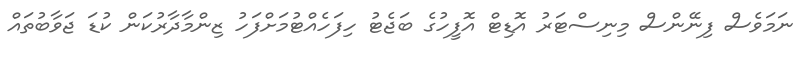
ނަމަވެސް ފިނޭންސް މިނިސްޓަރު އޮޑިޓް އޮފީހުގެ ބަޖެޓު ހިފަހެއްޓުމަށްފަހު ޒިންމާދާރުކަން ކުޑަ ޖަވާބުތައް